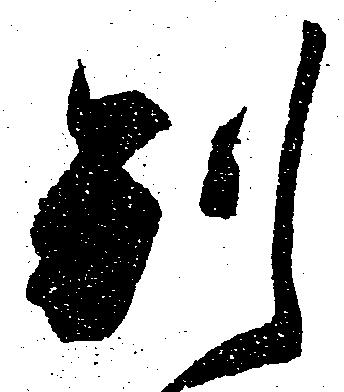
別